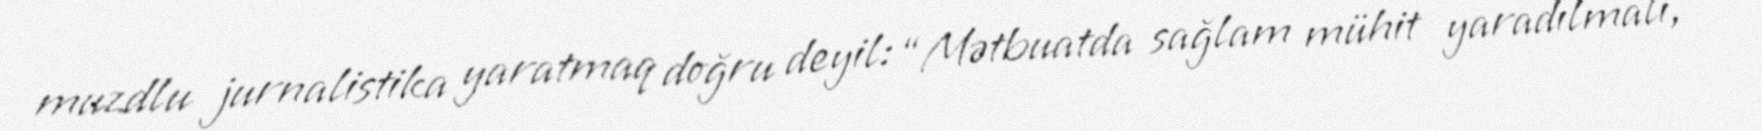
muzdlu jurnalistika yaratmaq doğru deyil: “Mətbuatda sağlam mühit yaradılmalı,